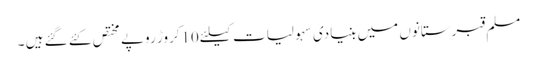
مسلم قبرستانوں میں بنیادی سہولیات کیلئے10کروڑ روپے مختص کئے گئے ہیں ۔